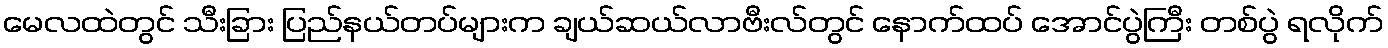
မေလထဲတွင် သီးခြား ပြည်နယ်တပ်များက ချယ်ဆယ်လာဗီးလ်တွင် နောက်ထပ် အောင်ပွဲကြီး တစ်ပွဲ ရလိုက်